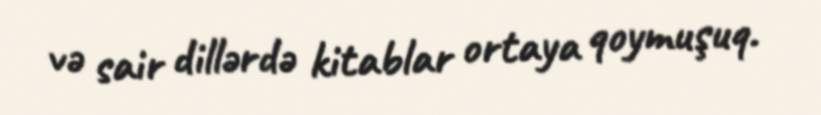
və sair dillərdə kitablar ortaya qoymuşuq.